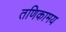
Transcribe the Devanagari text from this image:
तणिकामय